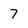
Character: 7